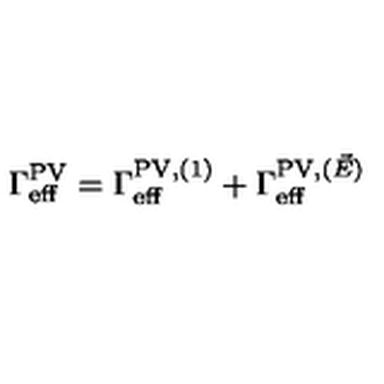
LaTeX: \Gamma _ { \mathrm { e f f } } ^ { \mathrm { P V } } = \Gamma _ { \mathrm { e f f } } ^ { \mathrm { P V } , ( 1 ) } + \Gamma _ { \mathrm { e f f } } ^ { \mathrm { P V } , ( \vec { E } ) }